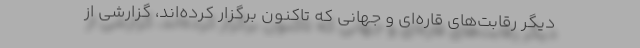
دیگر رقابت‌های قاره‌ای و جهانی که تاکنون برگزار کرده‌اند، گزارشی از